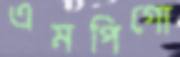
এমপিগো